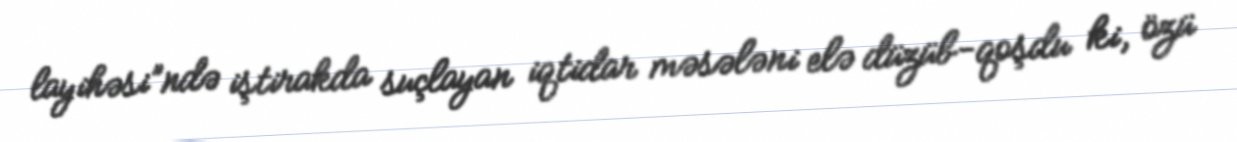
layihəsi”ndə iştirakda suçlayan iqtidar məsələni elə düzüb-qoşdu ki, özü